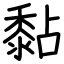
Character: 黏